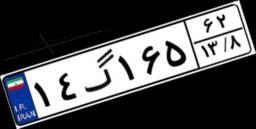
۱۴گ۱۶۵۶۲